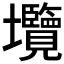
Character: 𡔑